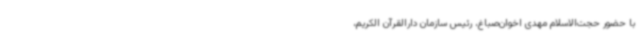
با حضور حجت‌الاسلام مهدی اخوان‌صباغ، رئیس سازمان دارالقرآن الکریم،